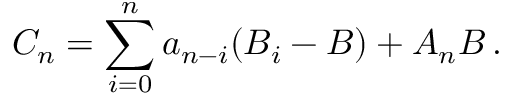
C _ { n } = \sum _ { i = 0 } ^ { n } a _ { n - i } ( B _ { i } - B ) + A _ { n } B \, .